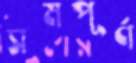
সমপূর্ণ